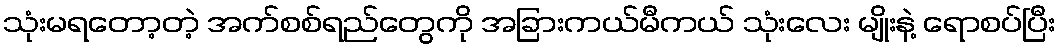
သုံးမရတော့တဲ့ အက်စစ်ရည်တွေကို အခြားကယ်မီကယ် သုံးလေး မျိုးနဲ့ ရောစပ်ပြီး